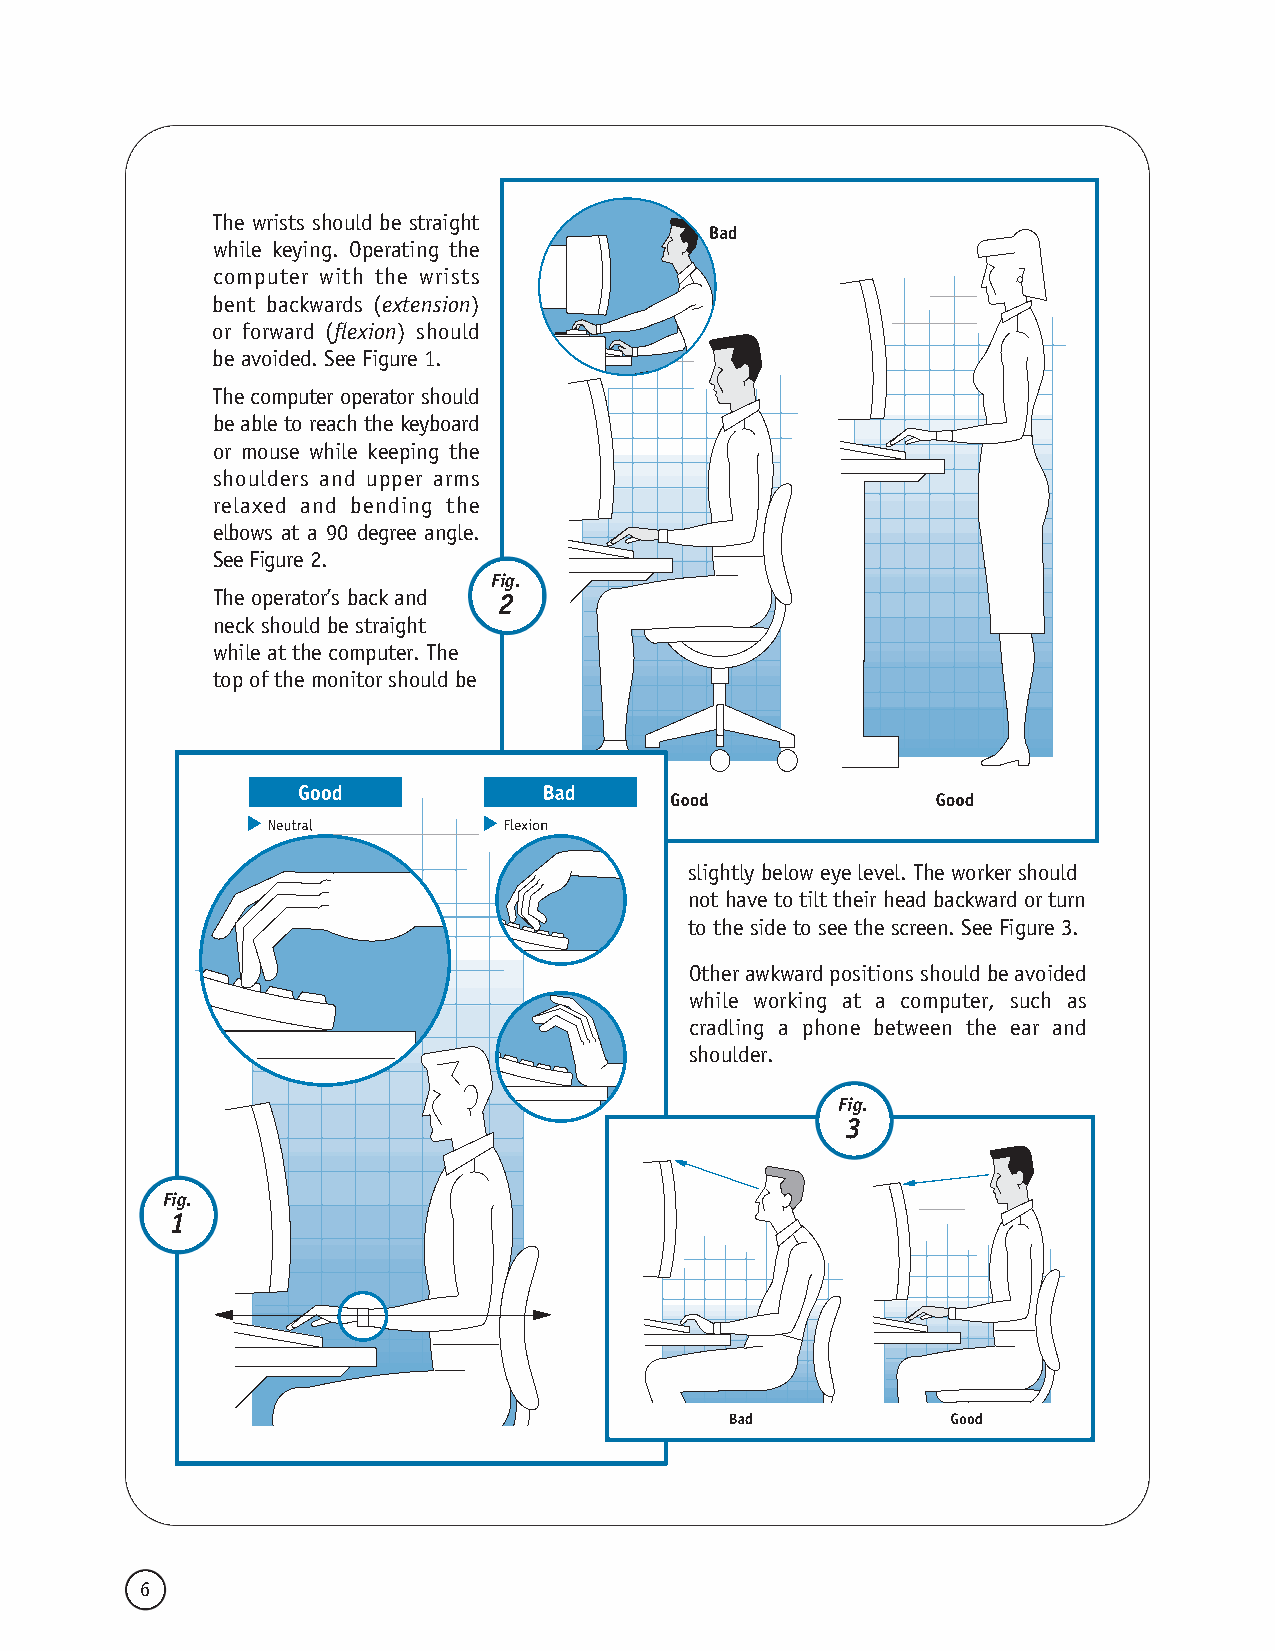
The wrists should be straight
 while keying. Operating the
 computer with the wrists
 bent backwards (extension)
 or forward (flexion) should
 be avoided. See Figure 1.
 Thecomputeroperatorshould
 beabletoreachthekeyboard
 or mouse while keeping the
 shoulders and upper arms
 relaxed and bending the
 elbows at a 90 degree angle.
 SeeFigure2.
 Fig.
 The operator’s back and 2
 neck should be straight
 while at the computer. The
 top of the monitor should be
 slightly below eye level. The worker should
 not have to tilt their head backward or turn
 to the side to see the screen. See Figure 3.
 Otherawkwardpositionsshouldbeavoided
 while working at a computer, such as
 cradling a phone between the ear and
 shoulder.
 Fig.
 3
 Fig.
 1
 6